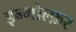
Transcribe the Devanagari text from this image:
इन्गोल्फ़र